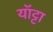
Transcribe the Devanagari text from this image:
यॉट्टा